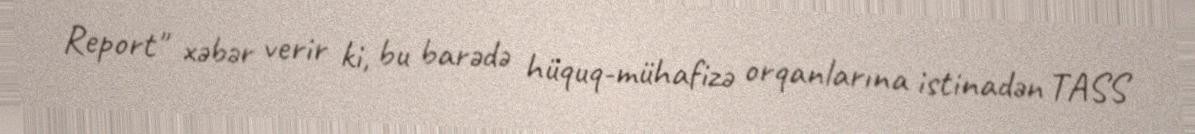
Report" xəbər verir ki, bu barədə hüquq-mühafizə orqanlarına istinadən TASS